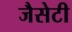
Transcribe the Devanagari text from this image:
जैसेटी